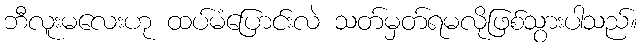
ဘီလူးမလေးဟု ထပ်မံပြောင်းလဲ သတ်မှတ်ရမလိုဖြစ်သွားပါသည်။